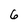
Character: 6